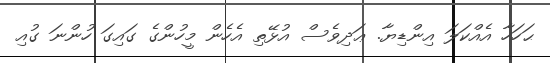
ޙަހަހާ އެއްކަލަ އިންޑިޔާ. ޢަދިވެސް އުޅޭތި އެހެން މީހުންގެ ގައިގަ ހުންނަ ގުއި